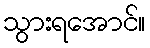
သွားရအောင်။